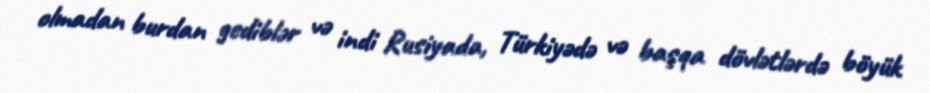
olmadan burdan gediblər və indi Rusiyada, Türkiyədə və başqa dövlətlərdə böyük